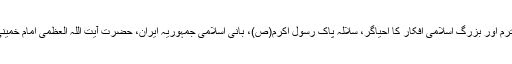
اس بنا پر محترم قارئین کی خدمت میں، عصر حاضر کے محترم اور بزرگ اسلامی افکار کا احیاگر، سلالہ پاک رسول اکرم(ص)، بانی اسلامی جمہوریہ ایران، حضرت آیت اللہ العظمی امام خمینی(رح) کے بعض منتخب کلمات اور افکار کو پیش کرتے ہیں۔